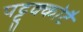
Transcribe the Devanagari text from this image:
पट्टुक्कोटै